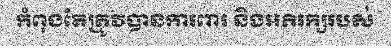
កំពុងតែត្រូវបានការពារ និងអភិរក្សរបស់